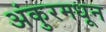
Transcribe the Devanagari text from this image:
अंकुरमधून